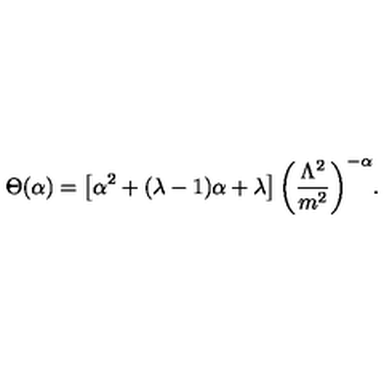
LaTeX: \Theta ( \alpha ) = \left[ \alpha ^ { 2 } + ( \lambda - 1 ) \alpha + \lambda \right] { \left( \frac { \Lambda ^ { 2 } } { m ^ { 2 } } \right) } ^ { - \alpha } .